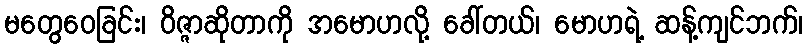
မတွေဝေခြင်း၊ ဝိဇ္ဇာဆိုတာကို အမောဟလို့ ခေါ်တယ်၊ မောဟရဲ့ ဆန့်ကျင်ဘက်၊